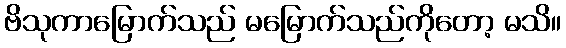
ဗိသုကာမြောက်သည် မမြောက်သည်ကိုတော့ မသိ။